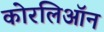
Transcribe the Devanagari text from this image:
कोरलिऑन